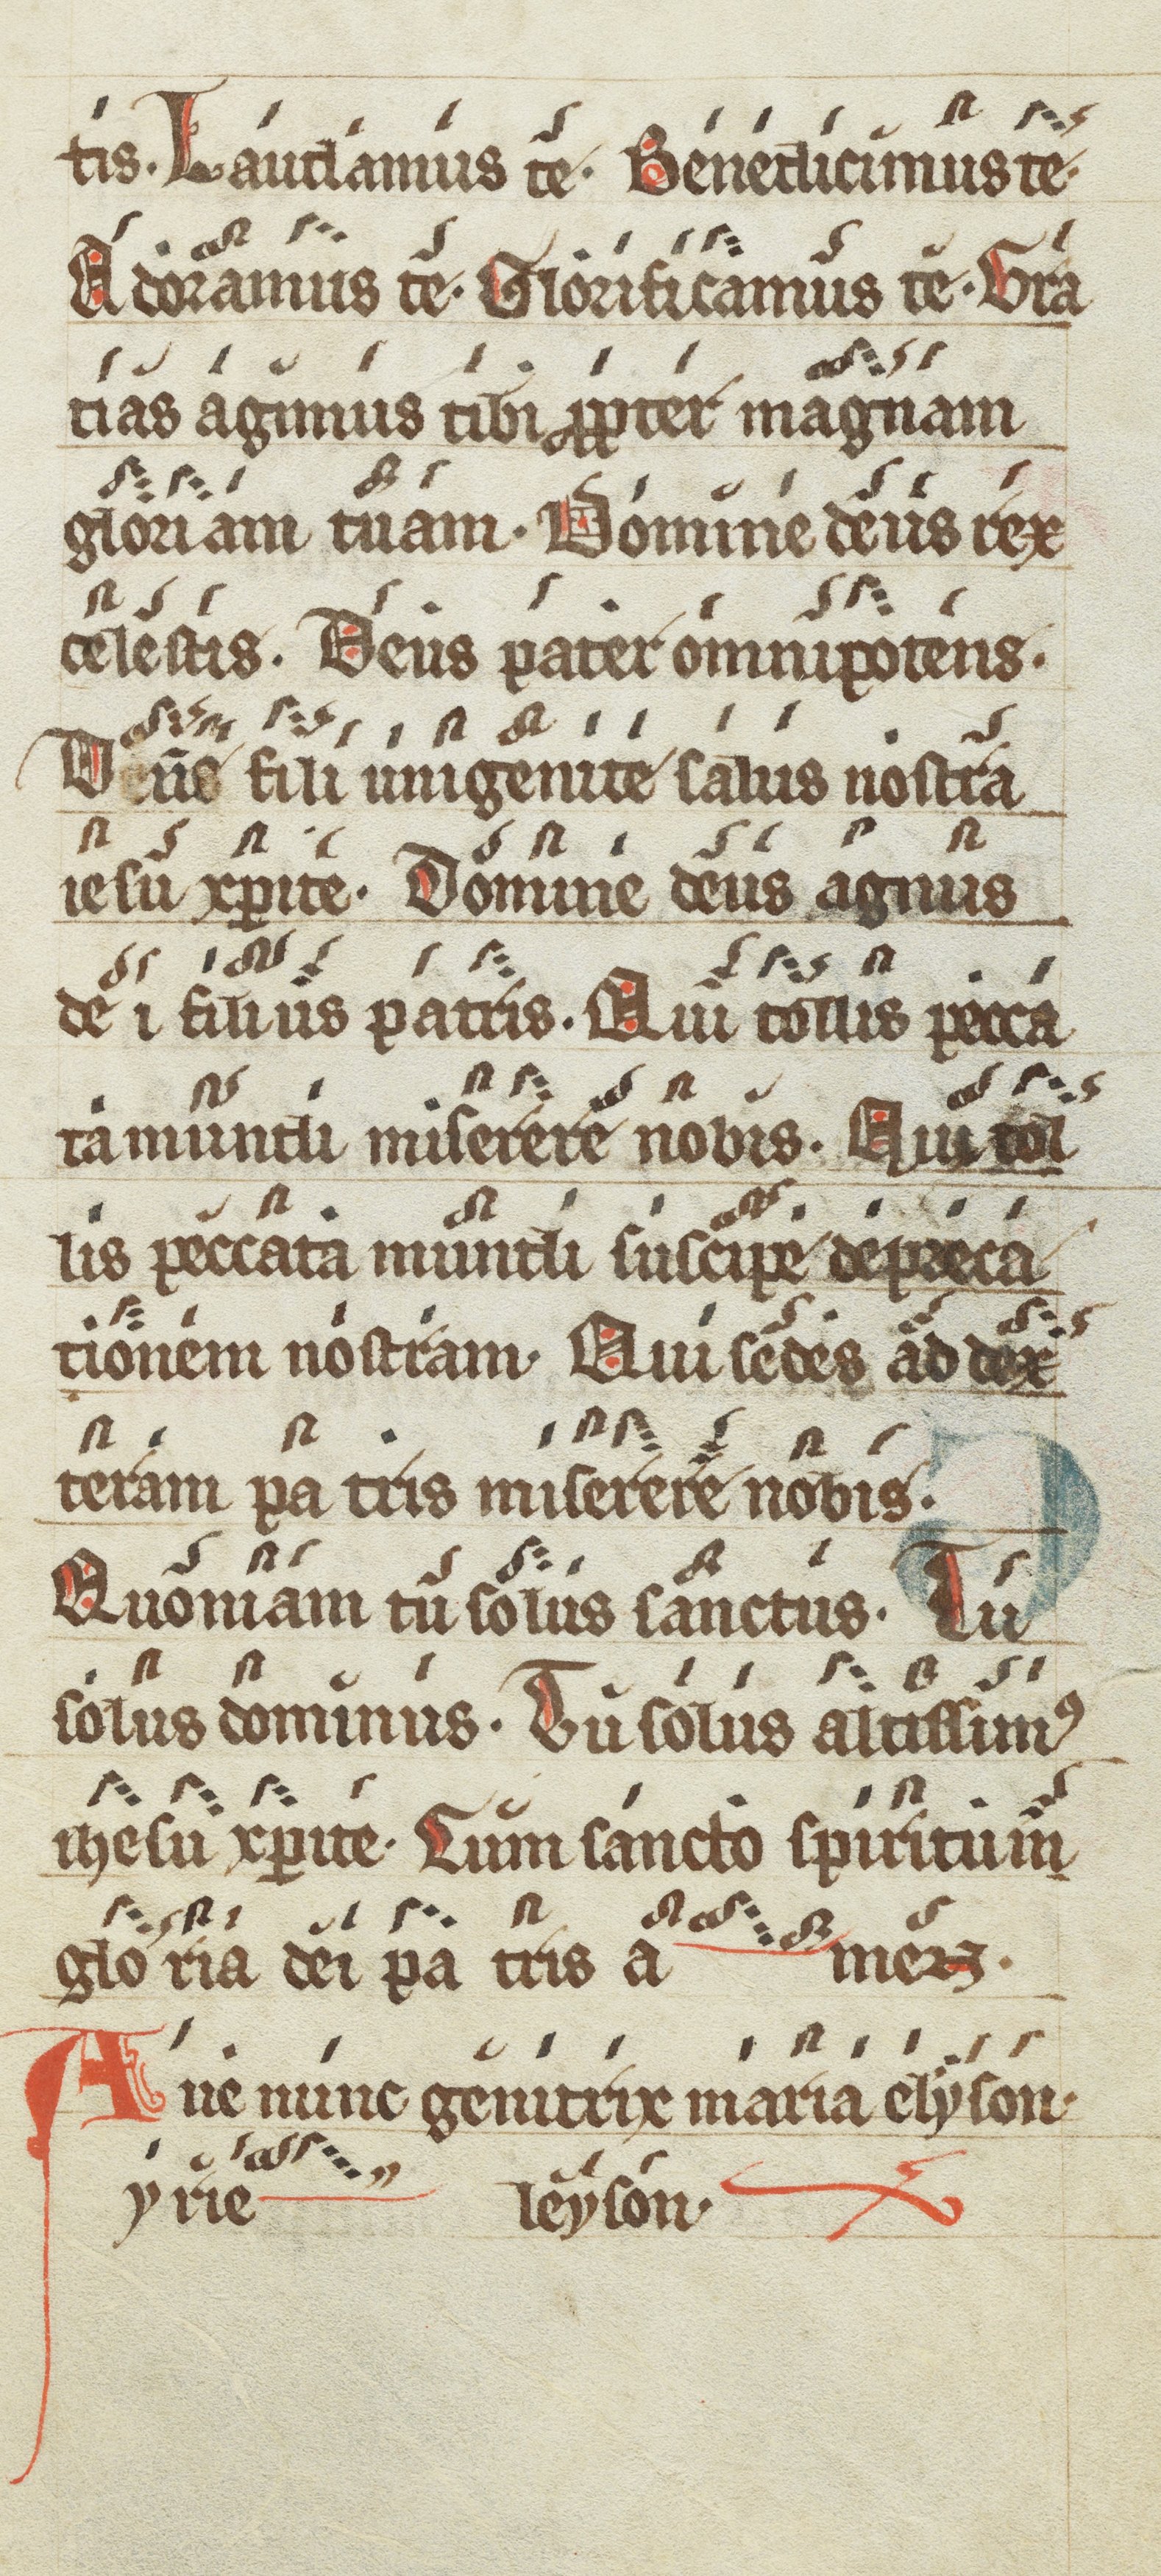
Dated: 1200–1299